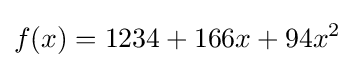
f(x)=1234+166x+94x^{2}